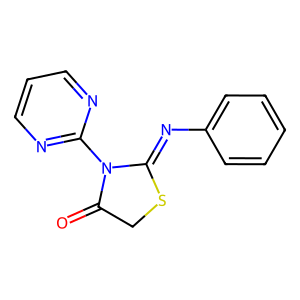
SMILES: O=C1CSC(=Nc2ccccc2)N1c1ncccn1
Inhibits HIV replication: No